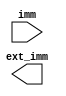
module sign_ext(
    input [11:0]imm,

    output [31:0]ext_imm
);

/*
*   Problem 4:
*   Describe sign extension logic.
*/

endmodule